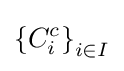
\left\{C_{i}^{c}\right\}_{i\in I}